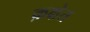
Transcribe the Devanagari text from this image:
क़क्षेत